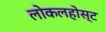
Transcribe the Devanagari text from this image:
लोकलहोस्ट